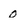
Character: 0